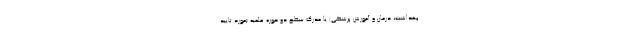
بهداشت، درمان و آموزش پزشکی) یا مدرک سطح دو حوزه علمیه (مورد تایید